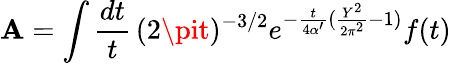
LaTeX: \mathbf{A}=\int\frac{{dt}}{{t}}\, (2\pit)^{-3/2}e^{-{\frac{{t}}{{4\alpha^{\prime}}}}({\frac{{Y^{2}}}{{2\pi^{2}}}}-1)}f(t)